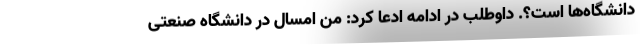
دانشگاه‌ها است؟. داوطلب در ادامه ادعا کرد: من امسال در دانشگاه صنعتی